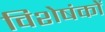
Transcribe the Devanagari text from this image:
विशेषंकों